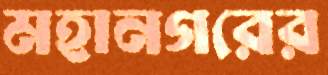
মহানগরের